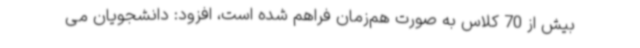
بیش از 70 کلاس به صورت هم‌زمان فراهم شده است، افزود: دانشجویان می